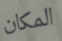
المكان